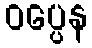
ဝပ္ပေန